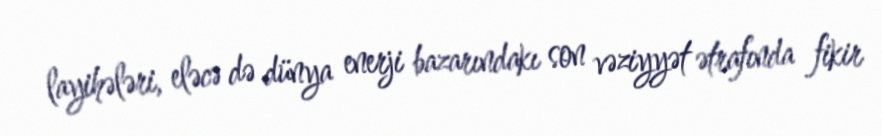
layihələri, eləcə də dünya enerji bazarındakı son vəziyyət ətrafında fikir